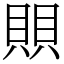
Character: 賏